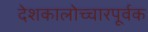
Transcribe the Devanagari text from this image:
देशकालोच्चारपूर्वक